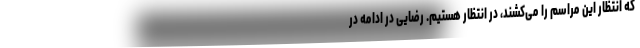
که انتظار این مراسم را می‌کشند، در انتظار هستیم. رضایی در ادامه در